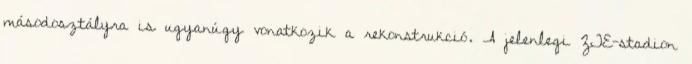
másodosztályra is ugyanúgy vonatkozik a rekonstrukció. A jelenlegi ZTE-stadion